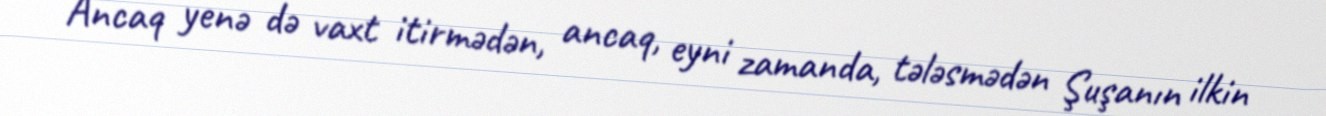
Ancaq yenə də vaxt itirmədən, ancaq, eyni zamanda, tələsmədən Şuşanın ilkin